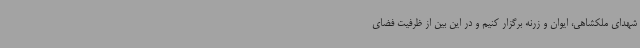
شهدای ملکشاهی، ایوان و زرنه برگزار کنیم و در این بین از ظرفیت فضای